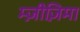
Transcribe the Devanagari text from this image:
म्ज़ीज़िमा